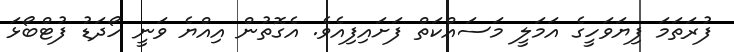
ފުރަތަމަ ފިޔަވަހީގެ އަމަލީ މަސައްކަތް ފަށައިފިއެވެ. އެގޮތުން އިއްޔެ ވަނީ ހޯދަޑު ފުޓްބޯޅަ